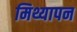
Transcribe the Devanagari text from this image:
मिथ्यापन